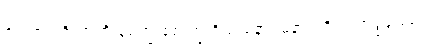
ဇညဇညံဝိယာတိ စေက္ခ စောက္ခံ ဝိယ မနာပမနာပံ ဝိယ ဟုဖွင့်ပြပုံ။